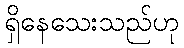
ရှိနေသေးသည်ဟု